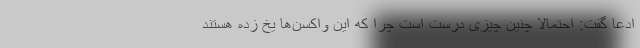
ادعا گفت: احتمالا چنین چیزی درست است چرا که این واکسن‌ها یخ زده هستند